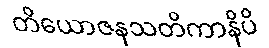
တိယောဇနသတိကာနိပိ